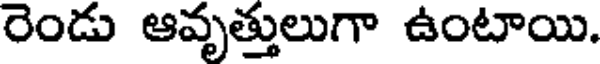
రెండు ఆవృత్తులుగా ఉంటాయి.